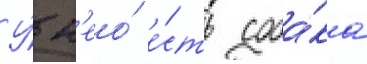
У́ н'ео́ е́сть соба́ка